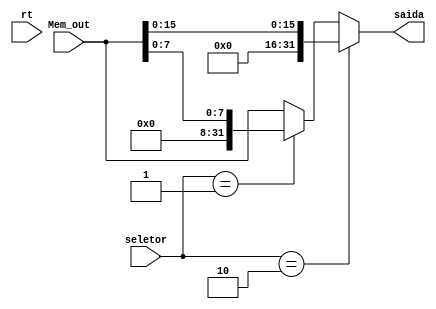
module loadsize(
  input wire [1:0] seletor,
  input wire [31:0] Mem_out,
  input wire [31:0] rt,
  output wire [31:0] saida
);
wire [31:0] W1;

assign W1 = (seletor == 2'b01) ? {{24{1'b0}}, Mem_out[7:0]} : Mem_out;
assign saida = (seletor == 2'b10) ? {{16{1'b0}}, Mem_out[15:0]} : W1;
endmodule